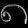
Digit: ၈